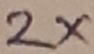
Text: 2X